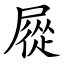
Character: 㞞